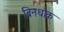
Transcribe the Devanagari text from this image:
बिनधोक